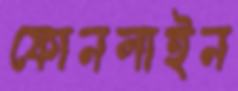
ফোনলাইন